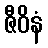
ဇီဝိနံ